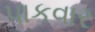
પાકવાર